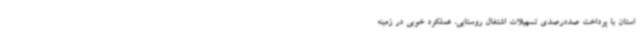
استان با پرداخت صددرصدی تسهیلات اشتغال روستایی، عملکرد خوبی در زمینه